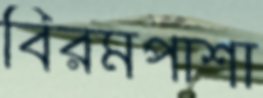
বিরমপাশা